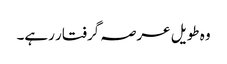
وہ طویل عرصہ گرفتار رہے۔